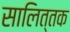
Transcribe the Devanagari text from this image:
सालित्तक